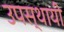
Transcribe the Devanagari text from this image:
उपस्‍थायी